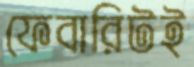
ফেবারিটই